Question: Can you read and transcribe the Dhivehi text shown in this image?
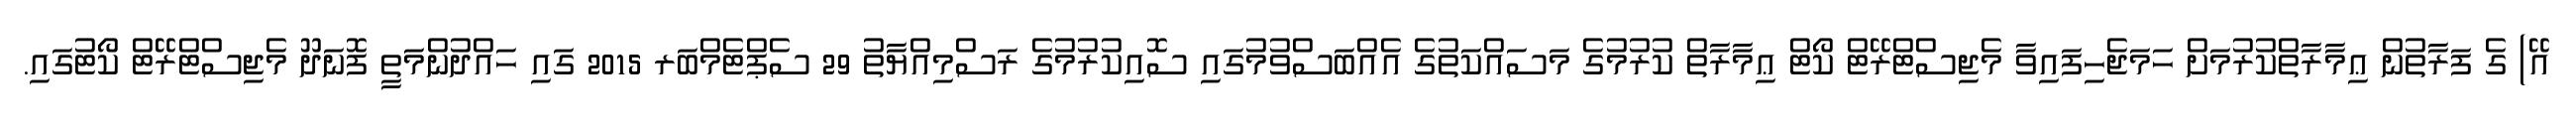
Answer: އޭ) ގެ ފަރާތުން ޢިމާރާތްކުރުމަށް ހަމަޖެހިފައިވާ މެޖިސްޓްރޭޓް ކޯޓް ޢިމާރާތް ކުރުމުގެ މަސައްކަތުގެ އެއްބަސްވުމުގައި ސޮއިކުރުމުގެ ރަސްމިއްޔާތު 29 ސެޕްޓެމްބަރ 2015 ގައި ހައްދުންމަތީ ފޮނަދޫ މެޖިސްޓްރޭޓް ކޯޓުގައި.